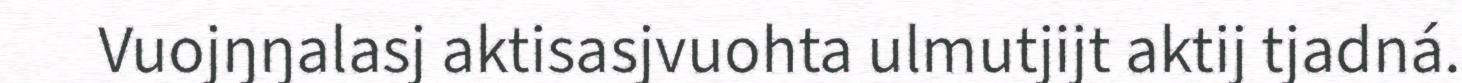
Vuojŋŋalasj aktisasjvuohta ulmutjijt aktij tjadná.